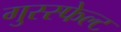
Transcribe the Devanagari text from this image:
गुस्स्फेल्ट